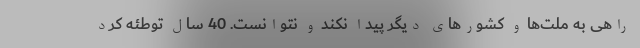
راهی به ملت‌ها و کشورهای دیگر پیدا نکند و نتوانست. 40 سال توطئه کرد